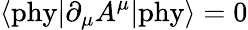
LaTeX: \langle\mathrm{phy}|\partial_{\mu}A^{\mu}|\mathrm{phy}\rangle=0